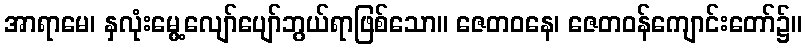
အာရာမေ၊ နှလုံးမွေ့လျော်ပျော်ဘွယ်ရာဖြစ်သော။ ဇေတဝနေ၊ ဇေတဝန်ကျောင်းတော်၌။